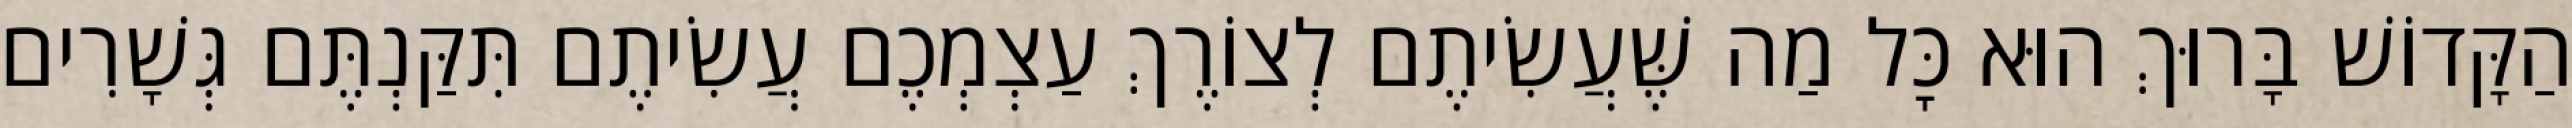
הַקָּדוֹשׁ בָּרוּךְ הוּא כׇּל מַה שֶּׁעֲשִׂיתֶם לְצוֹרֶךְ עַצְמְכֶם עֲשִׂיתֶם תִּקַּנְתֶּם גְּשָׁרִים